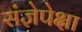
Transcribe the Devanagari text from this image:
संज्ञेपेक्षा